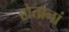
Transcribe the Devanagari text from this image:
होतानां